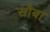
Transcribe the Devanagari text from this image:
सौबा